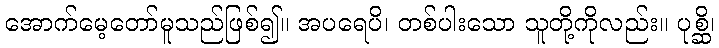
အောက်မေ့တော်မူသည်ဖြစ်၍။ အပရေပိ၊ တစ်ပါးသော သူတို့ကိုလည်း။ ပုစ္ဆိ၊